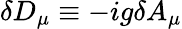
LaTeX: \delta D_{\mu}\equiv-ig\delta A_{\mu}